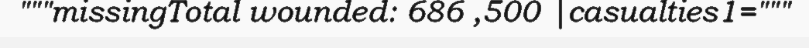
"""missingTotal wounded: 686 ,500 |casualties1="""